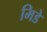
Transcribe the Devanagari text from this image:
मिडे